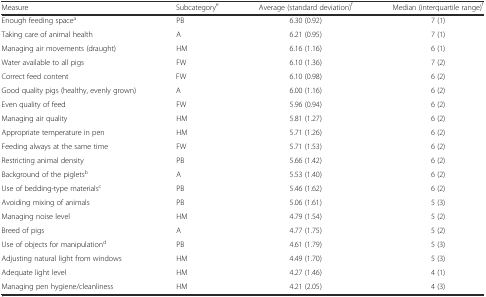
<table><thead><tr><td><b>Measure</b></td><td><b>Subcategory<sup>e</sup></b></td><td><b>Average (standard deviation)<sup>f</sup></b></td><td><b>Median (interquartile range)<sup>f</sup></b></td></tr></thead><tbody><tr><td>Enough feeding space<sup>a</sup></td><td>PB</td><td>6.30 (0.92)</td><td>7 (1)</td></tr><tr><td>Taking care of animal health</td><td>A</td><td>6.21 (0.95)</td><td>7 (1)</td></tr><tr><td>Managing air movements (draught)</td><td>HM</td><td>6.16 (1.16)</td><td>6 (1)</td></tr><tr><td>Water available to all pigs</td><td>FW</td><td>6.10 (1.36)</td><td>7 (2)</td></tr><tr><td>Correct feed content</td><td>FW</td><td>6.10 (0.98)</td><td>6 (2)</td></tr><tr><td>Good quality pigs (healthy, evenly grown)</td><td>A</td><td>6.00 (1.16)</td><td>6 (2)</td></tr><tr><td>Even quality of feed</td><td>FW</td><td>5.96 (0.94)</td><td>6 (2)</td></tr><tr><td>Managing air quality</td><td>HM</td><td>5.81 (1.27)</td><td>6 (2)</td></tr><tr><td>Appropriate temperature in pen</td><td>HM</td><td>5.71 (1.26)</td><td>6 (2)</td></tr><tr><td>Feeding always at the same time</td><td>FW</td><td>5.71 (1.53)</td><td>6 (2)</td></tr><tr><td>Restricting animal density</td><td>PB</td><td>5.66 (1.42)</td><td>6 (2)</td></tr><tr><td>Background of the piglets<sup>b</sup></td><td>A</td><td>5.53 (1.40)</td><td>6 (2)</td></tr><tr><td>Use of bedding-type materials<sup>c</sup></td><td>PB</td><td>5.46 (1.62)</td><td>6 (2)</td></tr><tr><td>Avoiding mixing of animals</td><td>PB</td><td>5.06 (1.61)</td><td>5 (3)</td></tr><tr><td>Managing noise level</td><td>HM</td><td>4.79 (1.54)</td><td>5 (2)</td></tr><tr><td>Breed of pigs</td><td>A</td><td>4.77 (1.75)</td><td>5 (2)</td></tr><tr><td>Use of objects for manipulation<sup>d</sup></td><td>PB</td><td>4.61 (1.79)</td><td>5 (3)</td></tr><tr><td>Adjusting natural light from windows</td><td>HM</td><td>4.49 (1.70)</td><td>5 (3)</td></tr><tr><td>Adequate light level</td><td>HM</td><td>4.27 (1.46)</td><td>4 (1)</td></tr><tr><td>Managing pen hygiene/cleanliness</td><td>HM</td><td>4.21 (2.05)</td><td>4 (3)</td></tr></tbody></table>